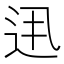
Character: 𨑽